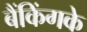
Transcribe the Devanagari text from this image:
बैंकिंगके